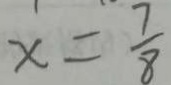
x = \frac { 7 } { 8 }